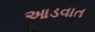
આડવાત